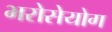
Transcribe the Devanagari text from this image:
भरोसेयोग